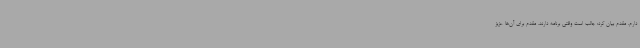
دارم. مقدم بیان کرد: جالب است وقتی برنامه دارند، مقدم برای آن‌ها عزیز